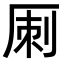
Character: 𠩪